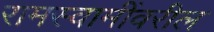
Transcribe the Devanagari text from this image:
रामस्वामींवरील